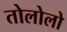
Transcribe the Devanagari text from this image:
तोलोलो